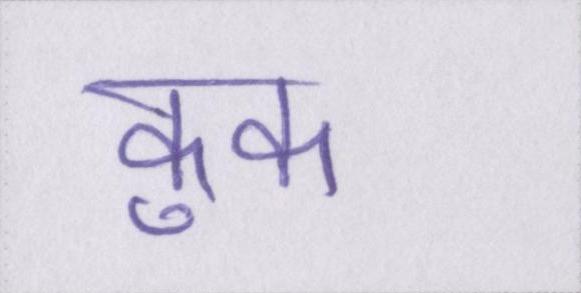
कुक